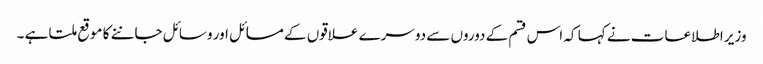
وزیر اطلاعات نے کہا کہ اس قسم کے دوروں سے دوسرے علاقوں کے مسائل اور وسائل جاننے کا موقع ملتا ہے ۔